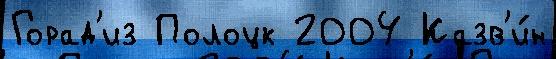
Горад'из Полоцк 2004 Казв'и́н